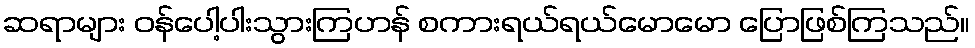
ဆရာများ ဝန်ပေါ့ပါးသွားကြဟန် စကားရယ်ရယ်မောမော ပြောဖြစ်ကြသည်။